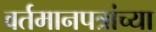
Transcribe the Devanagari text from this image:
वर्तमानपत्रांच्या